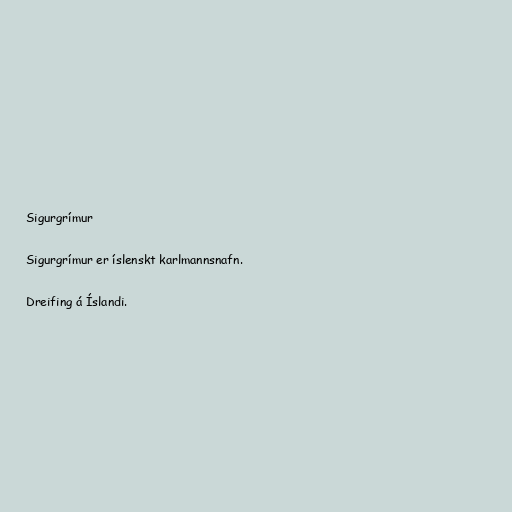
Sigurgrímur

Sigurgrímur er íslenskt karlmannsnafn.

Dreifing á Íslandi.